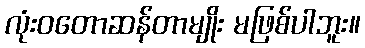
လုံးဝတောဆန်တာမျိုး မဖြစ်ပါဘူး။